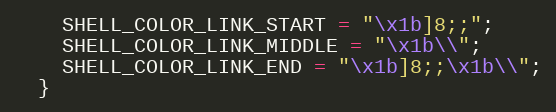
Language: C++
    SHELL_COLOR_LINK_START = "\x1b]8;;";
    SHELL_COLOR_LINK_MIDDLE = "\x1b\\";
    SHELL_COLOR_LINK_END = "\x1b]8;;\x1b\\";
  }